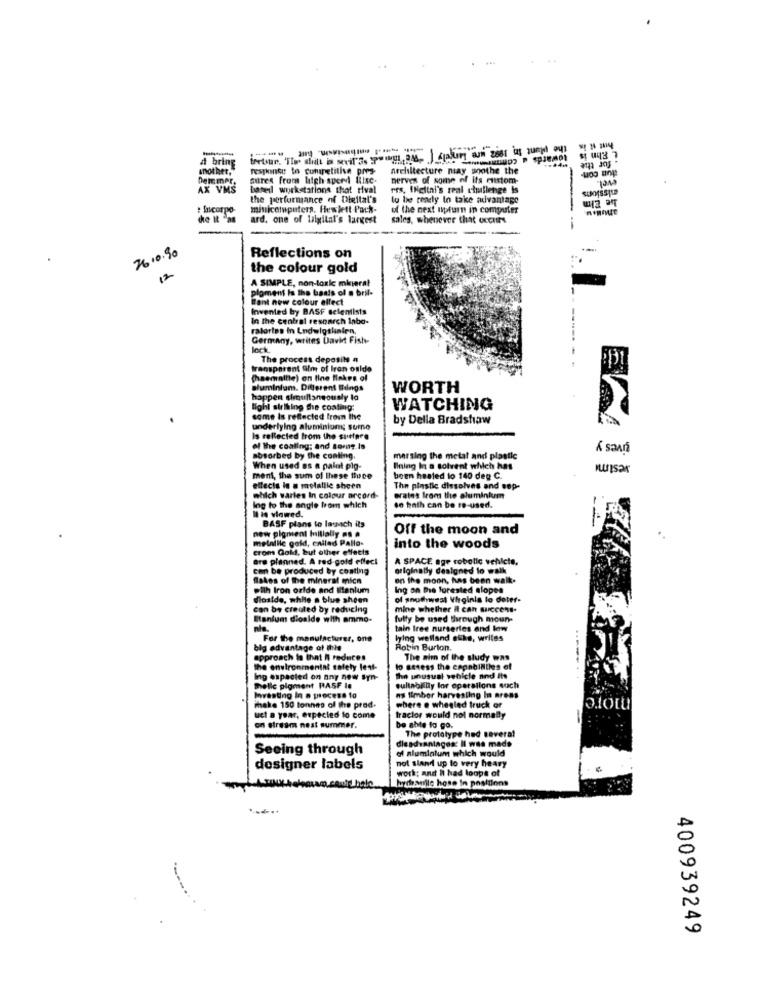
---
loware
. for the
another,
brin
response to cunapetitie pres
neeliltecture may soothe the
Dermer
sures from high-speed Bisc.
nerves of some of its custom-
AX VM
bareil workstations that rival
rrs, IHeltal's real challenge Is
suorssIL
the performance of Digital's
lo be readly to take aivantage
he Elm
: Incorpo-
miniceluputers, Hewlett Pack-
of the next upfurn in computer
ard. one of lilgital's largest
sales, whenever that occurs
2610.90
Reflections on
12.
the colour gold
A SIMPLE, non-toxic mineral
ploment Is the basis of a bril-
Want new colour ellect
Invented by BASF selenlisis
In The central research Inbo-
ratories in Ludwigshafen,
Germany, writes Davit Fish-
lock
The process deposits a
transparent Slm of Iron oxide
(haemalhe) on line flakes of
shaminium. Different Bungs
WORTH
happen simultaneously lo
lighl siriking the coating:
WATCHING
same Is reflected from the
by Della Bradshaw
underlying aluminium; surno
Is reflected from the surface
tives y
of the caaling; and torg is
absorbed by the conting.
marsing the metal and plastic
When used as a paint plg-
Blaing In a solvent which has
nunsar
ment, the sum of these thuce
been heated to 140 deg C.
effects in . molallie sheen
The pinstic dissolves and sop-
which wartes In colour arcord-
erates from the aluminkm
Ing to the angle from which
I is viewed.
40 hath can be re-used.
BASF plans to latach its
Off the moon and
new pigment Initially .. .
metallic gold, called Pallo-
crom Gold, but other effects
into the woods
are planned. A red-gold effect
A SPACE age robotic vehicle,
can be produced by conting
originally designed to walk
flakes of the mineral micn
on the moon, has been walk.
Dilh Iron oxide and Itanium
Ing on the forested alopes
dioside, while a blue shoen
of southwest Virginia lo doter-
can be created by reducing
mine whether it can success-
Itanium dioaide with ammo-
fully be used through moun-
tain Iree nurseries and low
For the manufacturer, one
lying welland alike, writes
big advantage of this
Robin Burton.
approach to that A reduces
The aim of the study was
the environmentnt safety lest-
lo sesess the capabilities of
Ing espacted on any new syn-
he unusual vehicle and its
Shelle pigment PASF Is
sullabilly for operations such
Investing in a process to
ns timber harvesting In areas
where @ wheeled truck ar
make 150 tonnes of the prod.
ucl a year, expected to come
tractor would not normally
on stream nest summer.
be able to go.
The prototype had several
disadvantages: Il was made
Seeing through
el aluminium which would
designer labels
not sland up to very heavy
work; and I had loops of
hydhanlle hose in positions
400939249